Annual report of the Bengal Veterinary College and of the Civil Veterinary Department, Bengal, for the year 1909-1910 - 1909-1910
Year: 1909
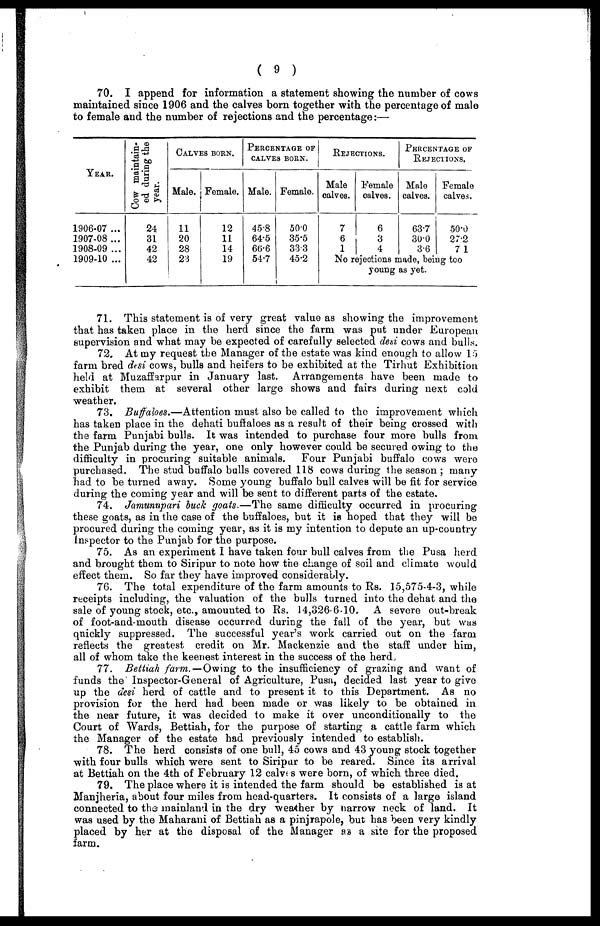
( 9 )
70. I append for information a statement showing the number of cows
maintained since 1906 and the calves born together with the percentage of male
to female and the number of rejections and the percentage:—
YEAR.
1906-07 ...
1907-08 ...
1908-09 ...
1909-10 ...
Cow maintain-
ed during the
year.
24
31
42
42
CALVES BORN.
Male.
11
20
28
23
Female.
12
11
14
19
PERCENTAGE OF
CALVES BORN.
Male.
45.8
64.5
66.6
54.7
Female.
50.0
35.5
33.3
45.2
REJECTIONS.
Male
calves.
7
6
1
Female
calves.
6
3
4
PERCENTAGE OF
REJECTIONS.
Male
calves.
63.
30.0
3.6
Female
calves.
50.0
27.2
71
No rejections made, being too
young as yet.
71. This statement is of very great value as showing the improvement
that has taken place in the herd since the farm was put under European
supervision and what may be expected of carefully selected desi cows and bulls.
72. At my request the Manager of the estate was kind enough to allow 15
farm bred desi cows, bulls and heifers to be exhibited at the Tirhut Exhibition
held at Muzaffarpur in January last. Arrangements have been made to
exhibit them at several other large shows and fairs during next cold
weather.
73. Buffaloes.—Attention must also be called to the improvement which
has taken place in the dehati buffaloes as a result of their being crossed with
the farm Punjabi bulls. It was intended to purchase four more bulls from
the Punjab during the year, one only however could be secured owing to the
difficulty in procuring suitable animals. Four Punjabi buffalo cows were
purchased. The stud buffalo bulls covered 118 cows during the season ; many
had to be turned away. Some young buffalo bull calves will be fit for service
during the coming year and will be sent to different parts of the estate.
74. Jamunnpari buck goats.—The same difficulty occurred in procuring
these goats, as in the case of the buffaloes, but it is hoped that they will be
procured during the coming year, as it is my intention to depute an up-country
Inspector to the Punjab for the purpose.
75. As an experiment I have taken four bull calves from the Pusa herd
and brought them to Siripur to note how the change of soil and climate would
effect them. So far they have improved considerably.
76. The total expenditure of the farm amounts to Rs. 15,575-4-3, while
receipts including, the valuation of the bulls turned into the dehat and the
sale of young stock, etc., amounted to Rs. 14,326-6-10. A severe out-break
of foot-and-mouth disease occurred during the fall of the year, but was
quickly suppressed. The successful year's work carried out on the farm
reflects the greatest credit on Mr. Mackenzie and the staff under him,
all of whom take the keenest interest in the success of the herd.
77. Bettiah farm.—Owing to the insufficiency of grazing and want of
funds the Inspector-General of Agriculture, Pusa, decided last year to give
up the desi herd of cattle and to present it to this Department. As no
provision for the herd had been made or was likely to be obtained in
the near future, it was decided to make it over unconditionally to the
Court of Wards, Bettiah, for the purpose of starting a cattle farm which
the Manager of the estate had previously intended to establish.
78. The herd consists of one bull, 45 cows and 43 young stock together
with four bulls which were sent to Siripur to be reared. Since its arrival
at Bettiah on the 4th of February 12 calves were born, of which three died.
79. The place where it is intended the farm should be established is at
Manjheria, about four miles from head-quarters. It consists of a large island
connected to the mainland in the dry weather by narrow neck of land. It
was used by the Maharani of Bettiah as a pinjrapole, but has been very kindly
placed by her at the disposal of the Manager as a site for the proposed
farm.